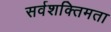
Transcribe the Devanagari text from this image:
सर्वशक्तिमता